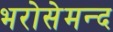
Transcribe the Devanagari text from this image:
भरोसेमन्द